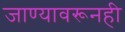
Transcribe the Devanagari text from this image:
जाण्यावरूनही